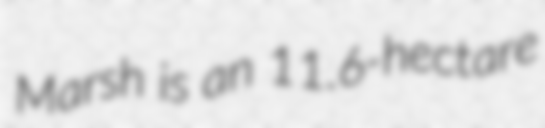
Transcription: Marsh is an 11.6-hectare